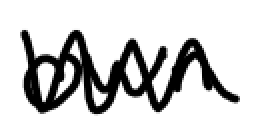
Text: own
Cross-out: mix
Writing tool: digital_black